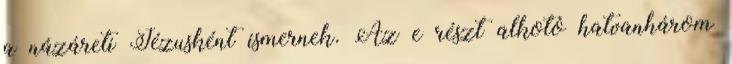
a názáreti Jézusként ismernek. Az e részt alkotó hatvanhárom